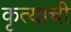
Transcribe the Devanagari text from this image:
कृत्याची